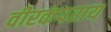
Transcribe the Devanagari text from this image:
वीरकंपराय